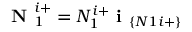
\textbf { N } _ { 1 } ^ { i + } = N _ { 1 } ^ { i + } \textbf { i } _ { \{ N 1 i + \} }